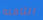
الثامنه